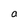
Character: a